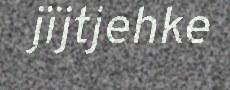
jïjtjehke